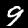
Label: 9